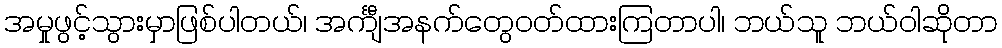
အမှုဖွင့်သွားမှာဖြစ်ပါတယ်၊ အင်္ကျီအနက်တွေဝတ်ထားကြတာပါ၊ ဘယ်သူ ဘယ်ဝါဆိုတာ